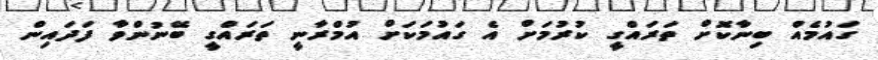
ގައުމެއް ބިނާކޮށް ތަރައްގީ ކުރުމަށް އެ ގައުމަކަށް އުމްރާނީ ތަރައްގީ ބޭނުންވާ ފަދައިން